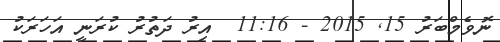
ނޮވެމްބަރު 15